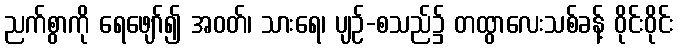
ညက်စွာကို ရေဖျော်၍ အဝတ်၊ သားရေ၊ ပျဉ်-စသည်၌ တထွာလေးသစ်ခန့် ဝိုင်းဝိုင်း